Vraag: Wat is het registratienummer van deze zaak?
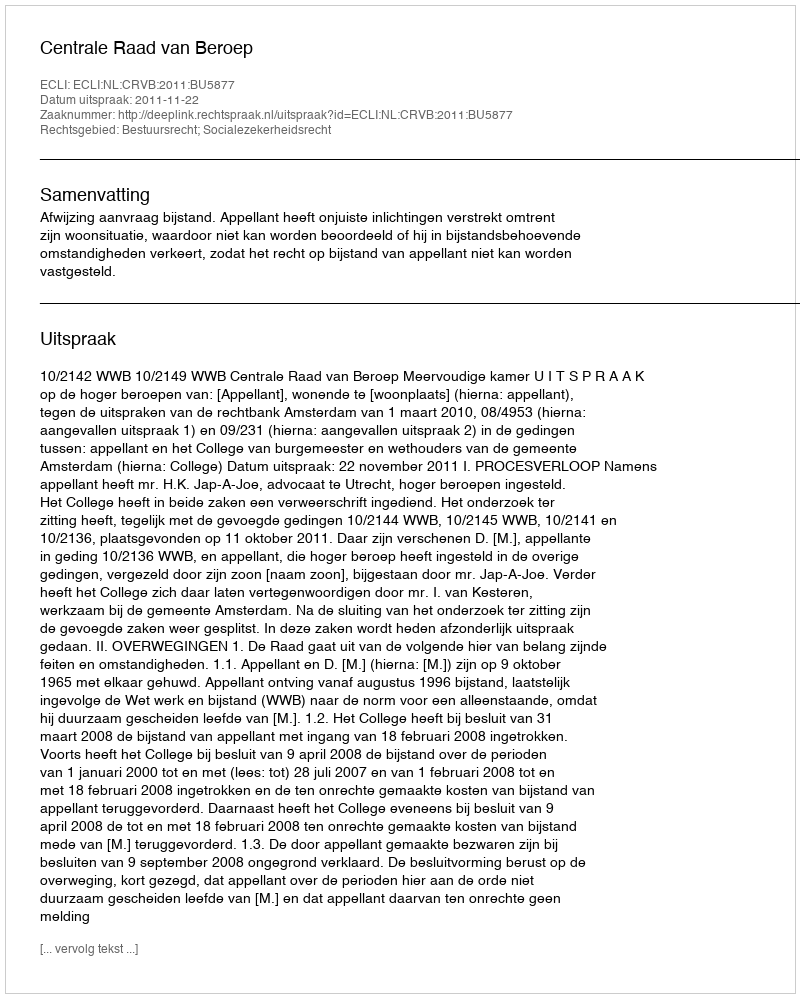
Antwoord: http://deeplink.rechtspraak.nl/uitspraak?id=ECLI:NL:CRVB:2011:BU5877